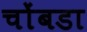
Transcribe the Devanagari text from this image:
चोंबडा